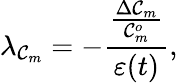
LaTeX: \lambda_{\mathcal{C}_{m}}=-\frac{{\frac{{\Delta\mathcal{C}_{m}}}{{\mathcal{C}_{m}^{o}}}}}{{\varepsilon(t)}},